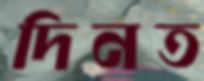
দিনত